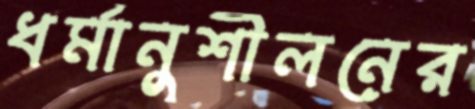
ধর্মানুশীলনের